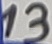
Text: 13